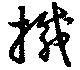
摵